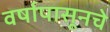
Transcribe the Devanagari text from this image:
वर्षापासूनचे